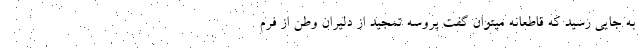
به جایی رسید که قاطعانه میتوان گفت پروسه تمجید از دلیران وطن از فرم